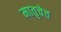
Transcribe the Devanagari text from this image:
मातृचेत